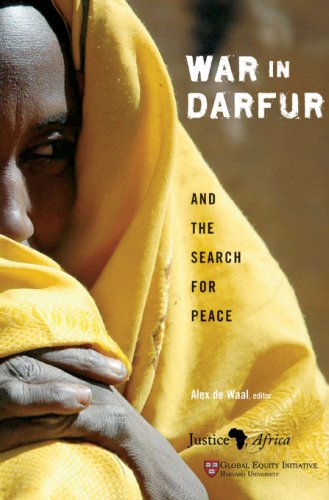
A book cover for War in Darfur and the Search for Peace (Studies in Global Equity); History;